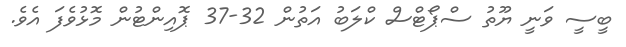
ބީސީ ވަނީ ޔޫތު ސްޕޯޓްސް ކްލަބު އަތުން 32-37 ޕޮއިންޓުން މޮޅުވެފަ އެވެ.